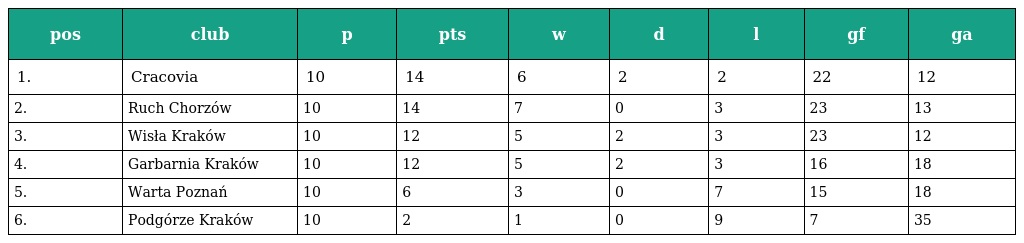
| pos | club | p | pts | w | d | l | gf | ga |
 | --- | --- | --- | --- | --- | --- | --- | --- | --- |
 | 1. | Cracovia | 10 | 14 | 6 | 2 | 2 | 22 | 12 |
 | 2. | Ruch Chorzów | 10 | 14 | 7 | 0 | 3 | 23 | 13 |
 | 3. | Wisła Kraków | 10 | 12 | 5 | 2 | 3 | 23 | 12 |
 | 4. | Garbarnia Kraków | 10 | 12 | 5 | 2 | 3 | 16 | 18 |
 | 5. | Warta Poznań | 10 | 6 | 3 | 0 | 7 | 15 | 18 |
 | 6. | Podgórze Kraków | 10 | 2 | 1 | 0 | 9 | 7 | 35 |